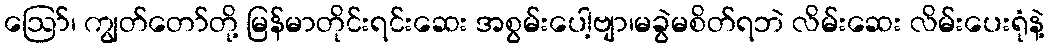
ဪ၊ ကျွတ်တော်တို့ မြန်မာတိုင်းရင်းဆေး အစွမ်းပေါ့ဗျာ၊မခွဲမစိတ်ရဘဲ လိမ်းဆေး လိမ်းပေးရုံနဲ့